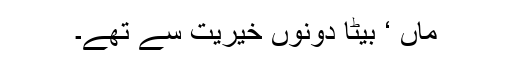
ماں ‘ بیٹا دونوں خیریت سے تھے۔